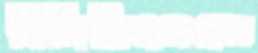
বিসিডিএসএল